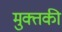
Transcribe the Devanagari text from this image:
मुक्तकी